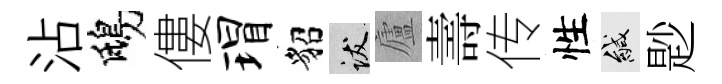
沾鴟僂瑁貂跋廬壽传性緘尟